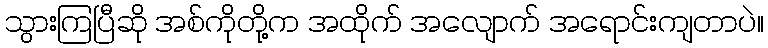
သွားကြပြီဆို အစ်ကိုတို့က အထိုက် အလျောက် အရောင်းကျတာပဲ။